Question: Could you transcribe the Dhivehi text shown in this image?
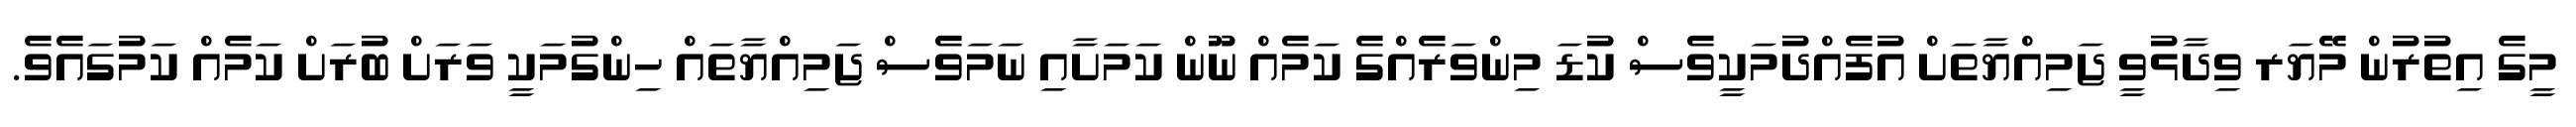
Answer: މީގެ އިތުރުން މޭޔަރ ވިދާޅުވީ ޖަމިއްޔާތަށް އުފެއްދުމަކީވެސް ކުޑަ މިންވަރެއްގެ ކަމެއް ނޫން ކަމަށާއި ނަމަވެސް ޖަމިއްޔާތައް ހިންގުމަކީ ވަރަށް ބުރަށް ކަމެއް ކަމުގައެވެ.